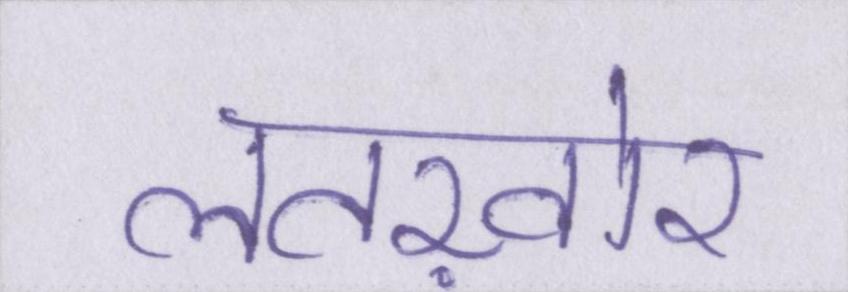
लतख़ोर